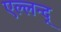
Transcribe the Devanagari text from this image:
एल्लन्द्